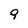
Character: 9